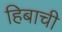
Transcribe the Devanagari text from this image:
हिबाची